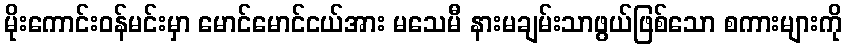
မိုးကောင်းဝန်မင်းမှာ မောင်မောင်ငယ်အား မသေမီ နားမချမ်းသာဖွယ်ဖြစ်သော စကားများကို